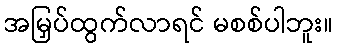
အမြှပ်ထွက်လာရင် မစစ်ပါဘူး။